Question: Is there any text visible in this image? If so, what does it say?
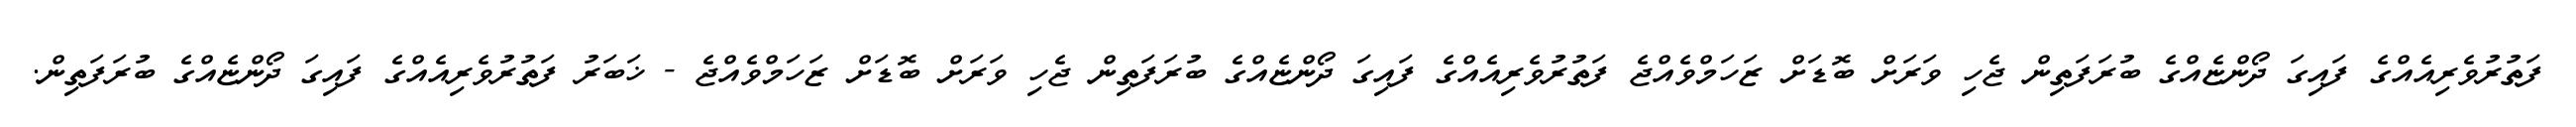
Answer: ފަތުރުވެރިއެއްގެ ފައިގަ ދޯންޏެއްގެ ބުރަފަތިން ޖެހި ވަރަށް ބޮޑަށް ޒަހަމްވެއްޖެ ފަތުރުވެރިއެއްގެ ފައިގަ ދޯންޏެއްގެ ބުރަފަތިން ޖެހި ވަރަށް ބޮޑަށް ޒަހަމްވެއްޖެ - ޚަބަރު ފަތުރުވެރިއެއްގެ ފައިގަ ދޯންޏެއްގެ ބުރަފަތިން.